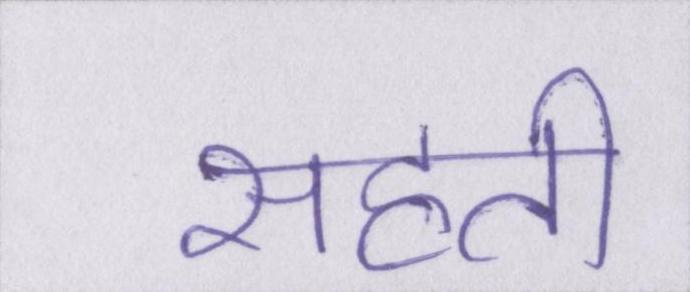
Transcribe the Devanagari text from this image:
सहती